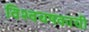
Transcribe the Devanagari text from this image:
विश्वचषकाची